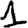
Digit: 1